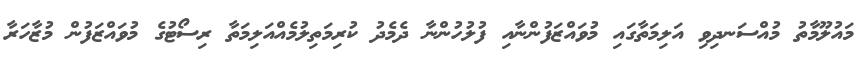
މައުލޫމާތު މުއްސަނދިވި އަލިމަތާގައި މުވައްޒަފުންނާއި ފުލުހުންނާ ދެމެދު ކުރިމަތިލުމެއްއަލިމަތާ ރިސޯޓުގެ މުވައްޒަފުން މުޒާހަރާ